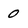
Character: 0